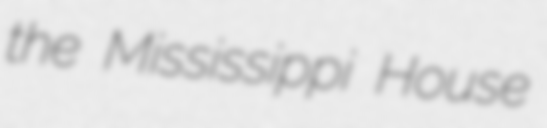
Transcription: the Mississippi House